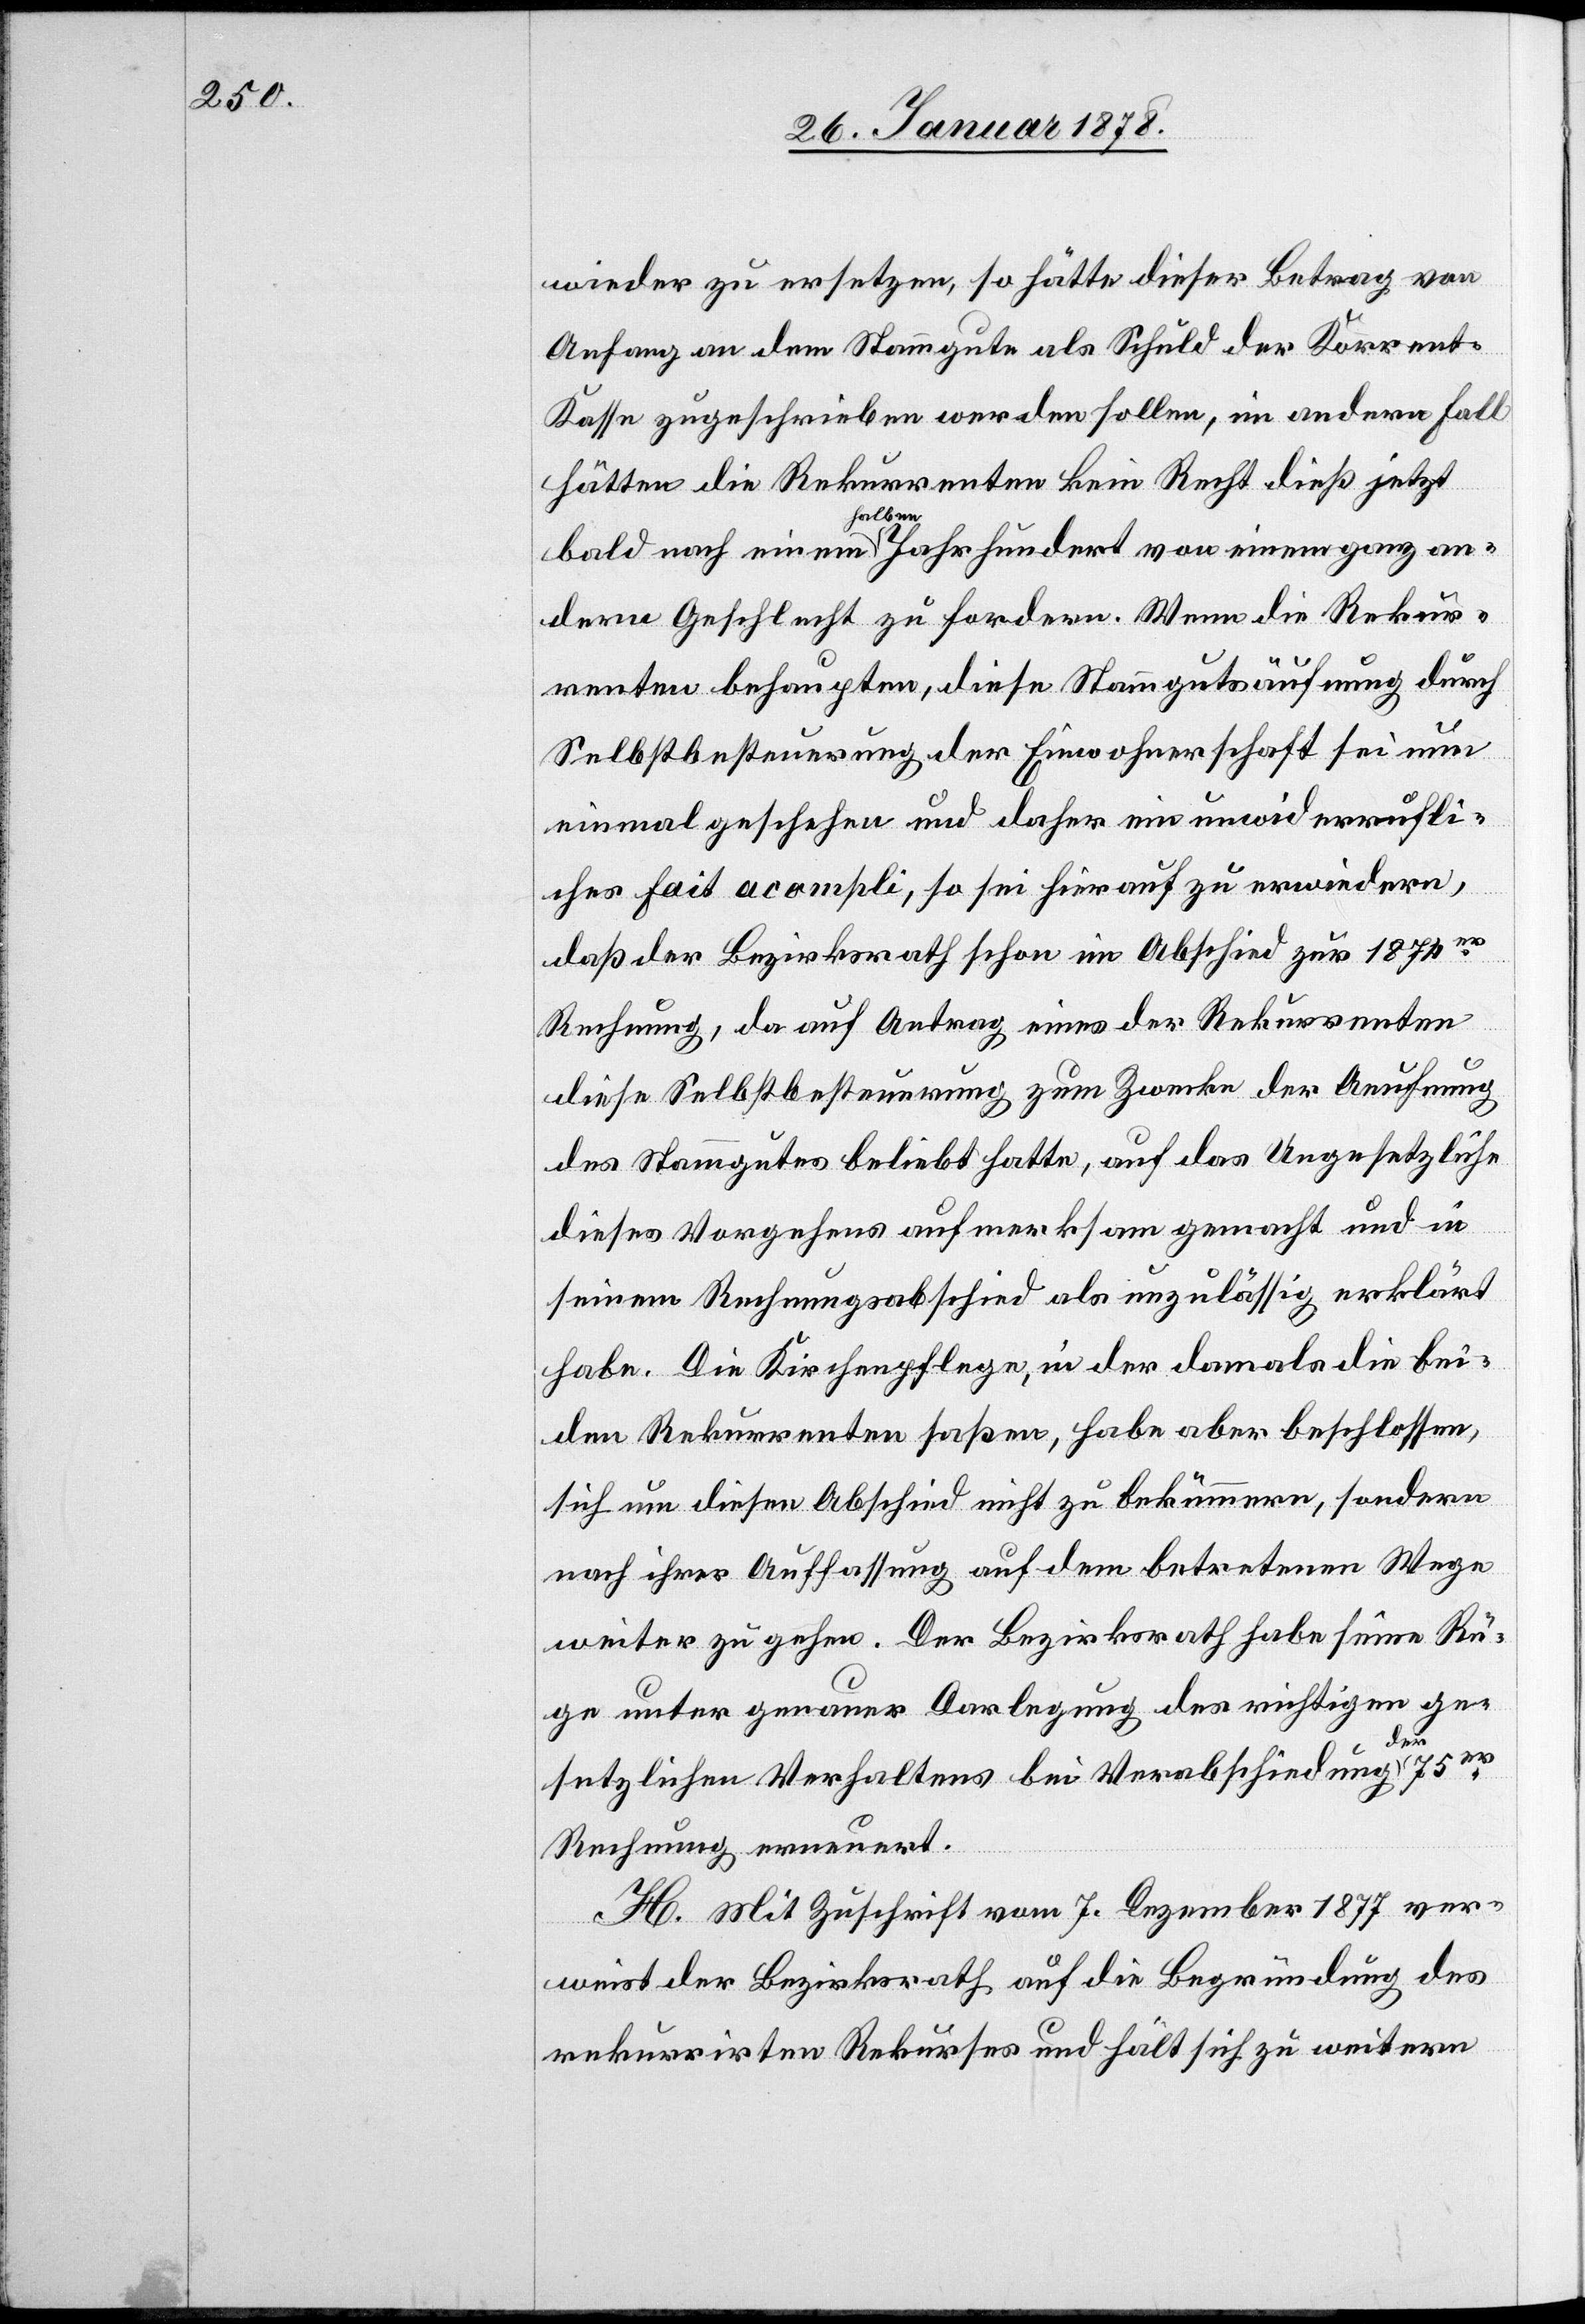
wieder zu ersetzen, so hätte dieser Betrag von
Anfang an dem Stammgute als Schuld der Korrent-K¬
asse zugeschrieben werden sollen, im andern Fall
hätten die Rekurrenten kein Recht dieß jetzt
bald nach einem a-halben-a Jahrhundert von einem ganz an¬
dern Geschlecht zu fordern. Wenn die Rekur¬
renten behaupten, diese Stammgutsäufnung durch
Selbstbesteuerung der Einwohnerschaft sei nun
einmal geschehen und daher ein unwiderrufli¬
ches fait acompli, so sei hierauf zu erwiedern,
das der Bezirksrath schon im Abschied zur 1874er
Rechnung, da auf Antrag eines Rekurrenten
diese Selbstbesteuerung zum Zecke der Aeufnung
des Stammgutes beliebt hatte, auf das Ungesetzliche
dieses Vorgehens aufmerksam gemacht und in
seinem Rechnungsabschied als unzulässig erklärt
habe. Die Kirchenpflege, in der damals die bei¬
den Rekurrenten saßen, habe aber beschlossen,
sich um diesen Abschied nicht zu bekümmern, sondern
nach ihrer Auffassung auf dem betretenen Wege
weiter zu gehen. Der Bezirksrath habe seine Rü¬
ge unter genauer Darlegung des richtigen ge¬
setzlichen Verhaltens bei Verabschiedung a-der-a
Rechnung erneuert.
H. Mit Zuschrift vom 7. Dezember 1877 ver¬
weist der Bezirksrath auf die Begründung des
rekurrirten Rekurses und hält sich zu weitern